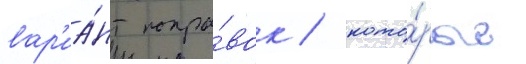
вар'иа́нт попра́вок / кото́рые